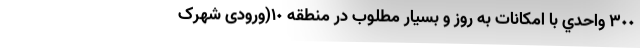
٣٠٠ واحدي با امكانات به روز و بسيار مطلوب در منطقه ١٠(ورودی شهرک